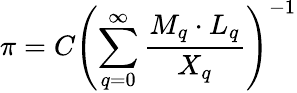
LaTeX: \pi=C\left(\sum_{q=0}^{\infty}{\frac{M_{q}\cdot L_{q}}{X_{q}}}\right)^{-1}